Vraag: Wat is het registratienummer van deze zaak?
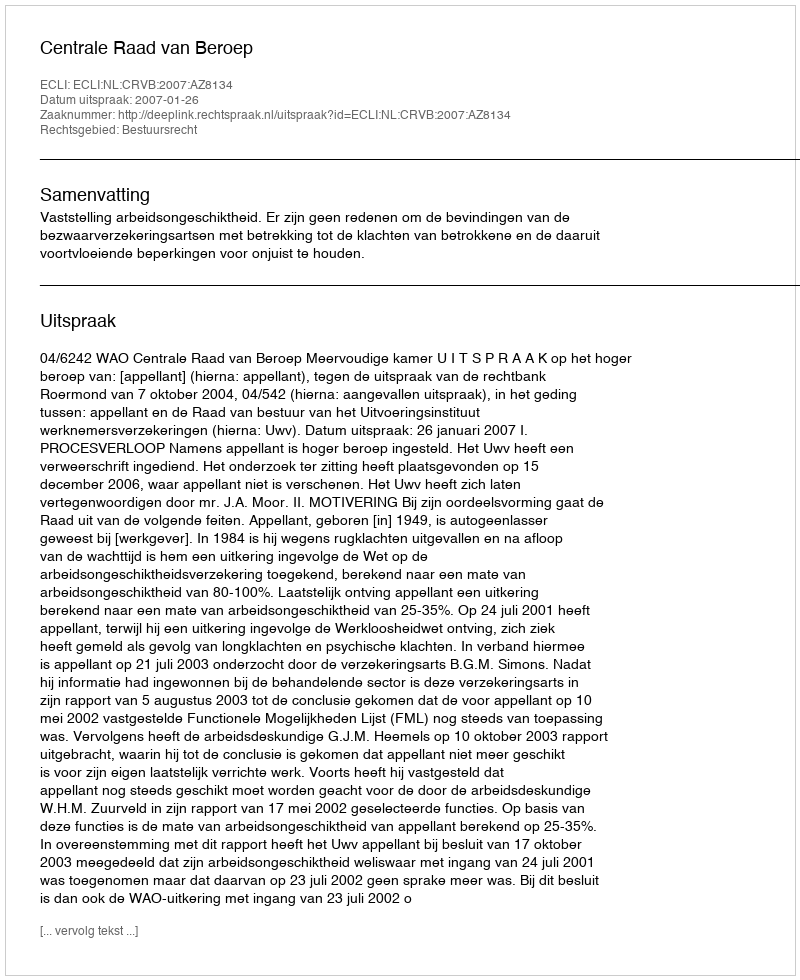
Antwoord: http://deeplink.rechtspraak.nl/uitspraak?id=ECLI:NL:CRVB:2007:AZ8134